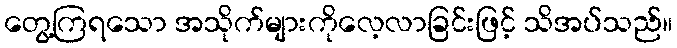
တွေ့ကြရသော အသိုက်များကိုလေ့လာခြင်းဖြင့် သိအပ်သည်။